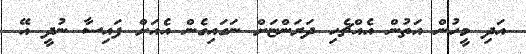
އަދި މީހުން އަތުން އެއްޗެހި ދަރަންޏަށް ނަގައިގެން އެއަށް ފައިސާ ނުދީ އޭ